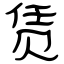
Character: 赁